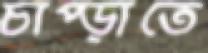
চাপ্‌ড়াতে